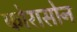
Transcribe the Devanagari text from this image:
कोरासोन